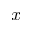
x